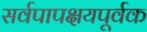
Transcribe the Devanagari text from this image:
सर्वपापक्षयपूर्वक